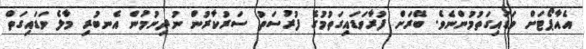
އެއާޕޯޓަށް ވަޑައިގަތުމުންނެވެ. ބޭރަށް ފުރާވަޑައިގަތުމުގެ ފުރުސަތު ސަރުކާރުން ނުދިނުމުން އެނބުރި މާލެ ވަޑައިގަތް